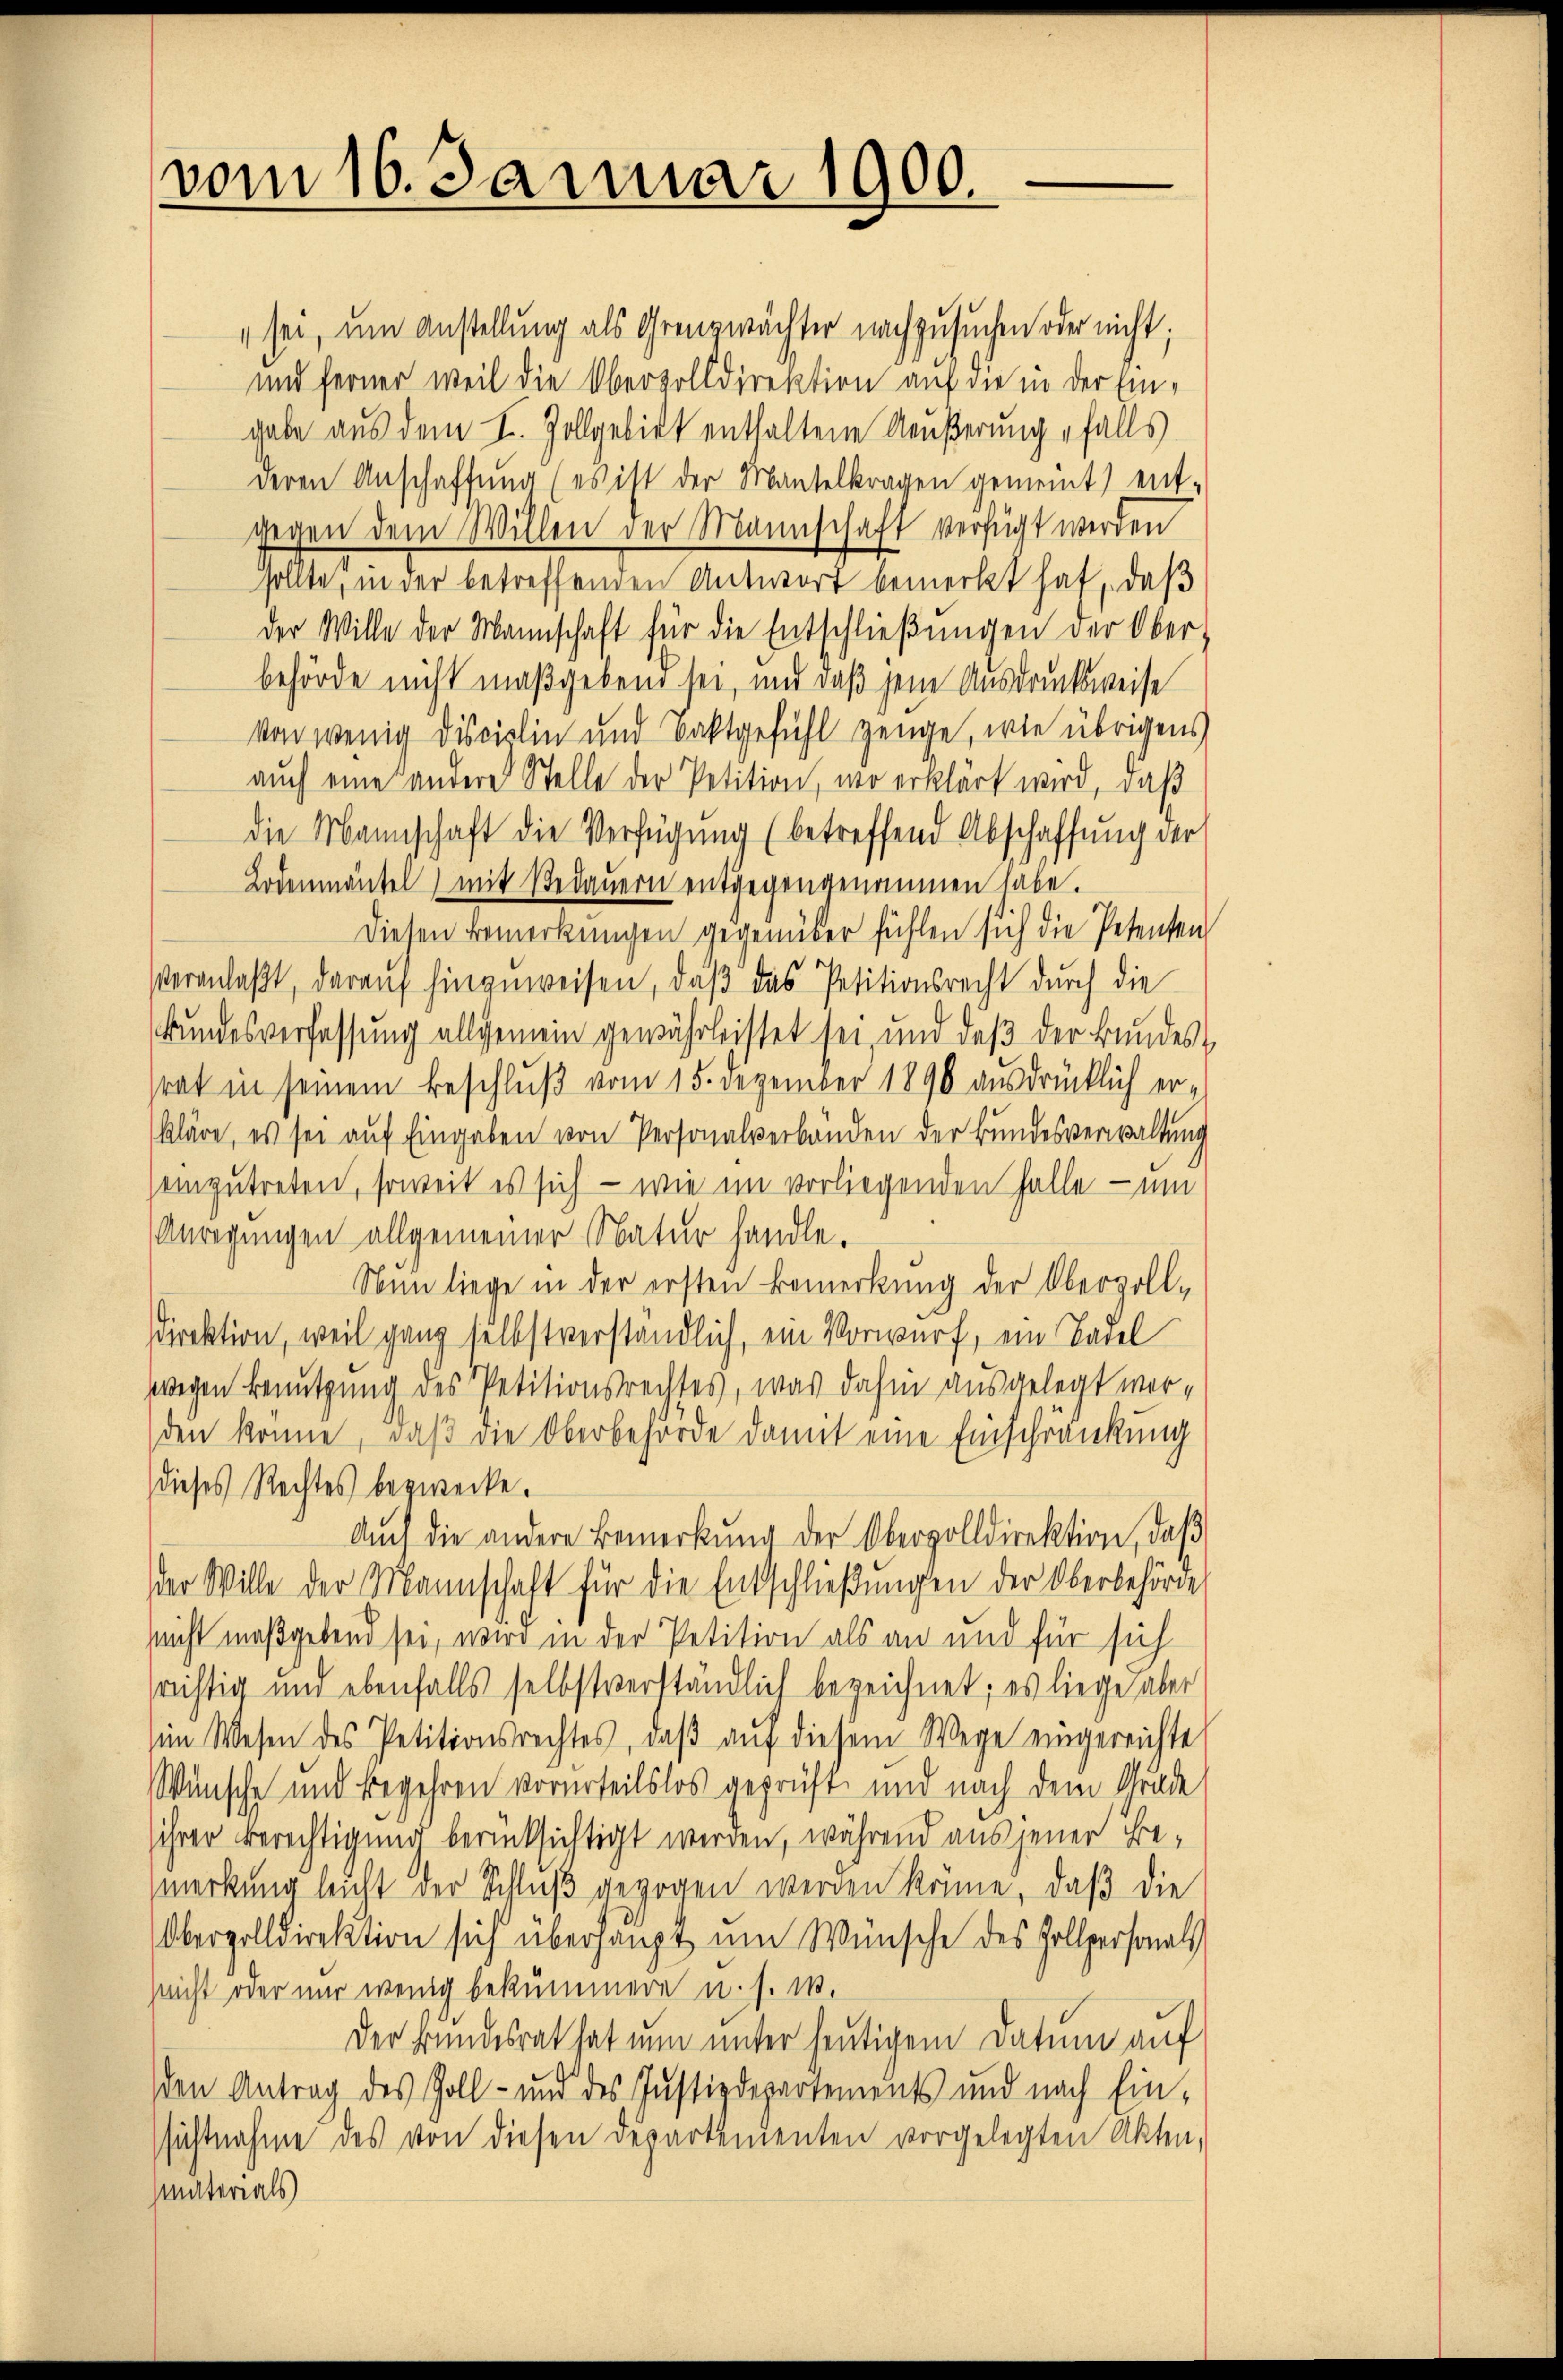
vom 16. Januar 1900.

sei, um Anstellung als Grenzwächter nachzusuchen oder nicht;
und ferner weil die Oberzolldirektion auf die in der Eingabe aus dem I. Zollgebiet enthaltene Aeußerung falls
deren Anschaffung (es ist der Mantelkragen gemeint) ent-
gegen dem Willen der Mannschaft verfügt werden
sollte, in der betreffenden Antwort bemerkt hat, daß
der Wille der Mannschaft für die Entschließungen der Ober-
behörde nicht maßgebend sei, und daß jene Ausdrucksweise
von wenig Discirlin und Baktgefühl zeuge, wie übrigens
auch eine andere Stelle der Petition, wo erklärt wird, daß
die Mannschaft die Verfügung (betreffend Abschaffung der
Lodenmäntel mit Bedauern entgegengenommen habe.
Diesen Bemerkungen gegenüber fühlen sich die Petenten
Veranlaßt, darauf hinzuweisen, daß das Petitionsrecht durch die
Bundesverfassung allgemein gewährleistet sei, und daβ der Bundes
srat in seinem Beschluß vom 15. Dezember 1890 ausdrücklich erkläre, es sei aŭf Eingaben von Personalverbänden der Bundesverwaltung
einzutreten, soweit es sich — wie im vorliegenden Halle - um
Anregungen allgemeiner Natur handle.
Nun liege in der ersten Bemerkung der Obervoll¬
Direktion, weil ganz selbstverständlich, ein Vorwurf, ein Basel
wegen Benutzung des Petitionsrechtes, was dahin ausgelegt werden könne, daß die Oberbehörde damit eine Einschränkung
dieses Rechtes bezwecke.
Aŭch die andere Bemerkŭng der Obervolldirektion, daβ
der Wille der Mannschaft für die Entschließungen der Oberbehörde
nicht maßgebend sei, wird in der Petition als an und für sich
srichtig und ebenfalls selbstverständlich bezeichnet; es liege aber
(im Wesen des Petitionsrechtes, daß auf diesem Wege eingereichte
Wünsche und Begehren vorurteilslos geprüft und nach dem Grade
ihrer Berechtigung berücksichtigt werden, während aus jener Bemerkung leicht der Schluß gezogen werden könne, daß die
Oberzolldirektion sich überhaupt um Wünsche des Zollpersonals
(nicht oder nur wenig bekümmern u. s. w.
Der Bundesrat hat nun unter heutigem Datum auf
den Antrag des Zoll- und des Justizdepartements und nach Ein-
ssichtnahme des von diesen Departementen vorgelegten Akten,
materials